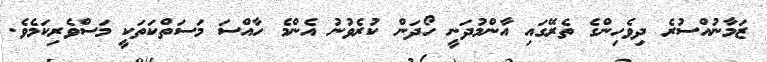
ޒަމާނުއްސުރެ ދިވެހިންގެ ތެރޭގައި އާންމުދަނީ ހޯދަން ކުރެވުނު އެންމެ ހާއްސަ މަސަތްކަތަކީ މަސްވެރިކަމެވެ.